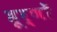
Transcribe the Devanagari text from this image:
हूर्णों